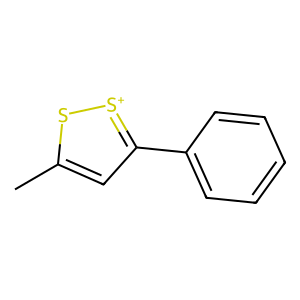
SMILES: Cc1cc(-c2ccccc2)[s+]s1
Inhibits HIV replication: No